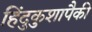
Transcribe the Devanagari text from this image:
हिंदुकुशापैकी